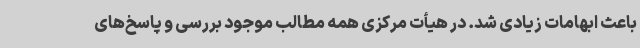
باعث ابهامات زیادی شد. در هیأت مرکزی همه مطالب موجود بررسی و پاسخ‌های